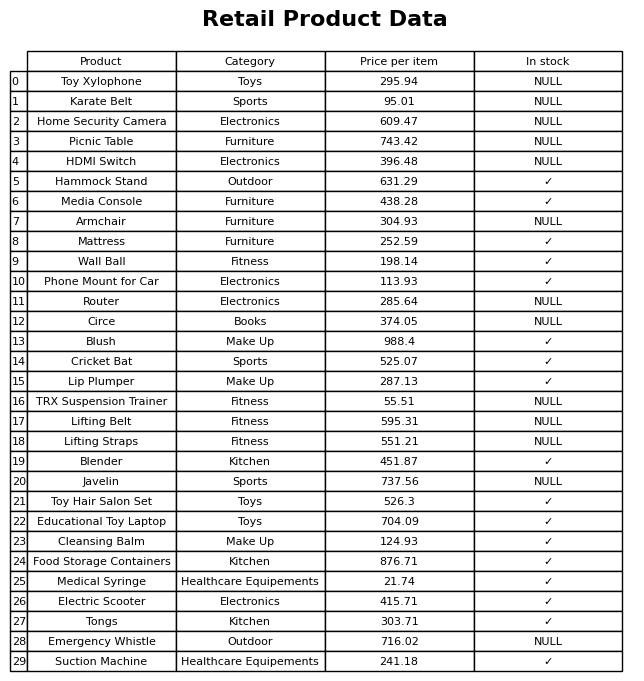
question: What is the price of the Armchair?
answer: The price of Armchair is 304.93.